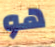
هو